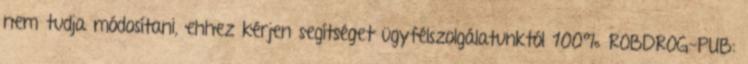
nem tudja módosítani, ehhez kérjen segítséget ügyfélszolgálatunktól 100% ROBDROG-PUB: